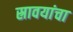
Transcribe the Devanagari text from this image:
स्रावयांचा